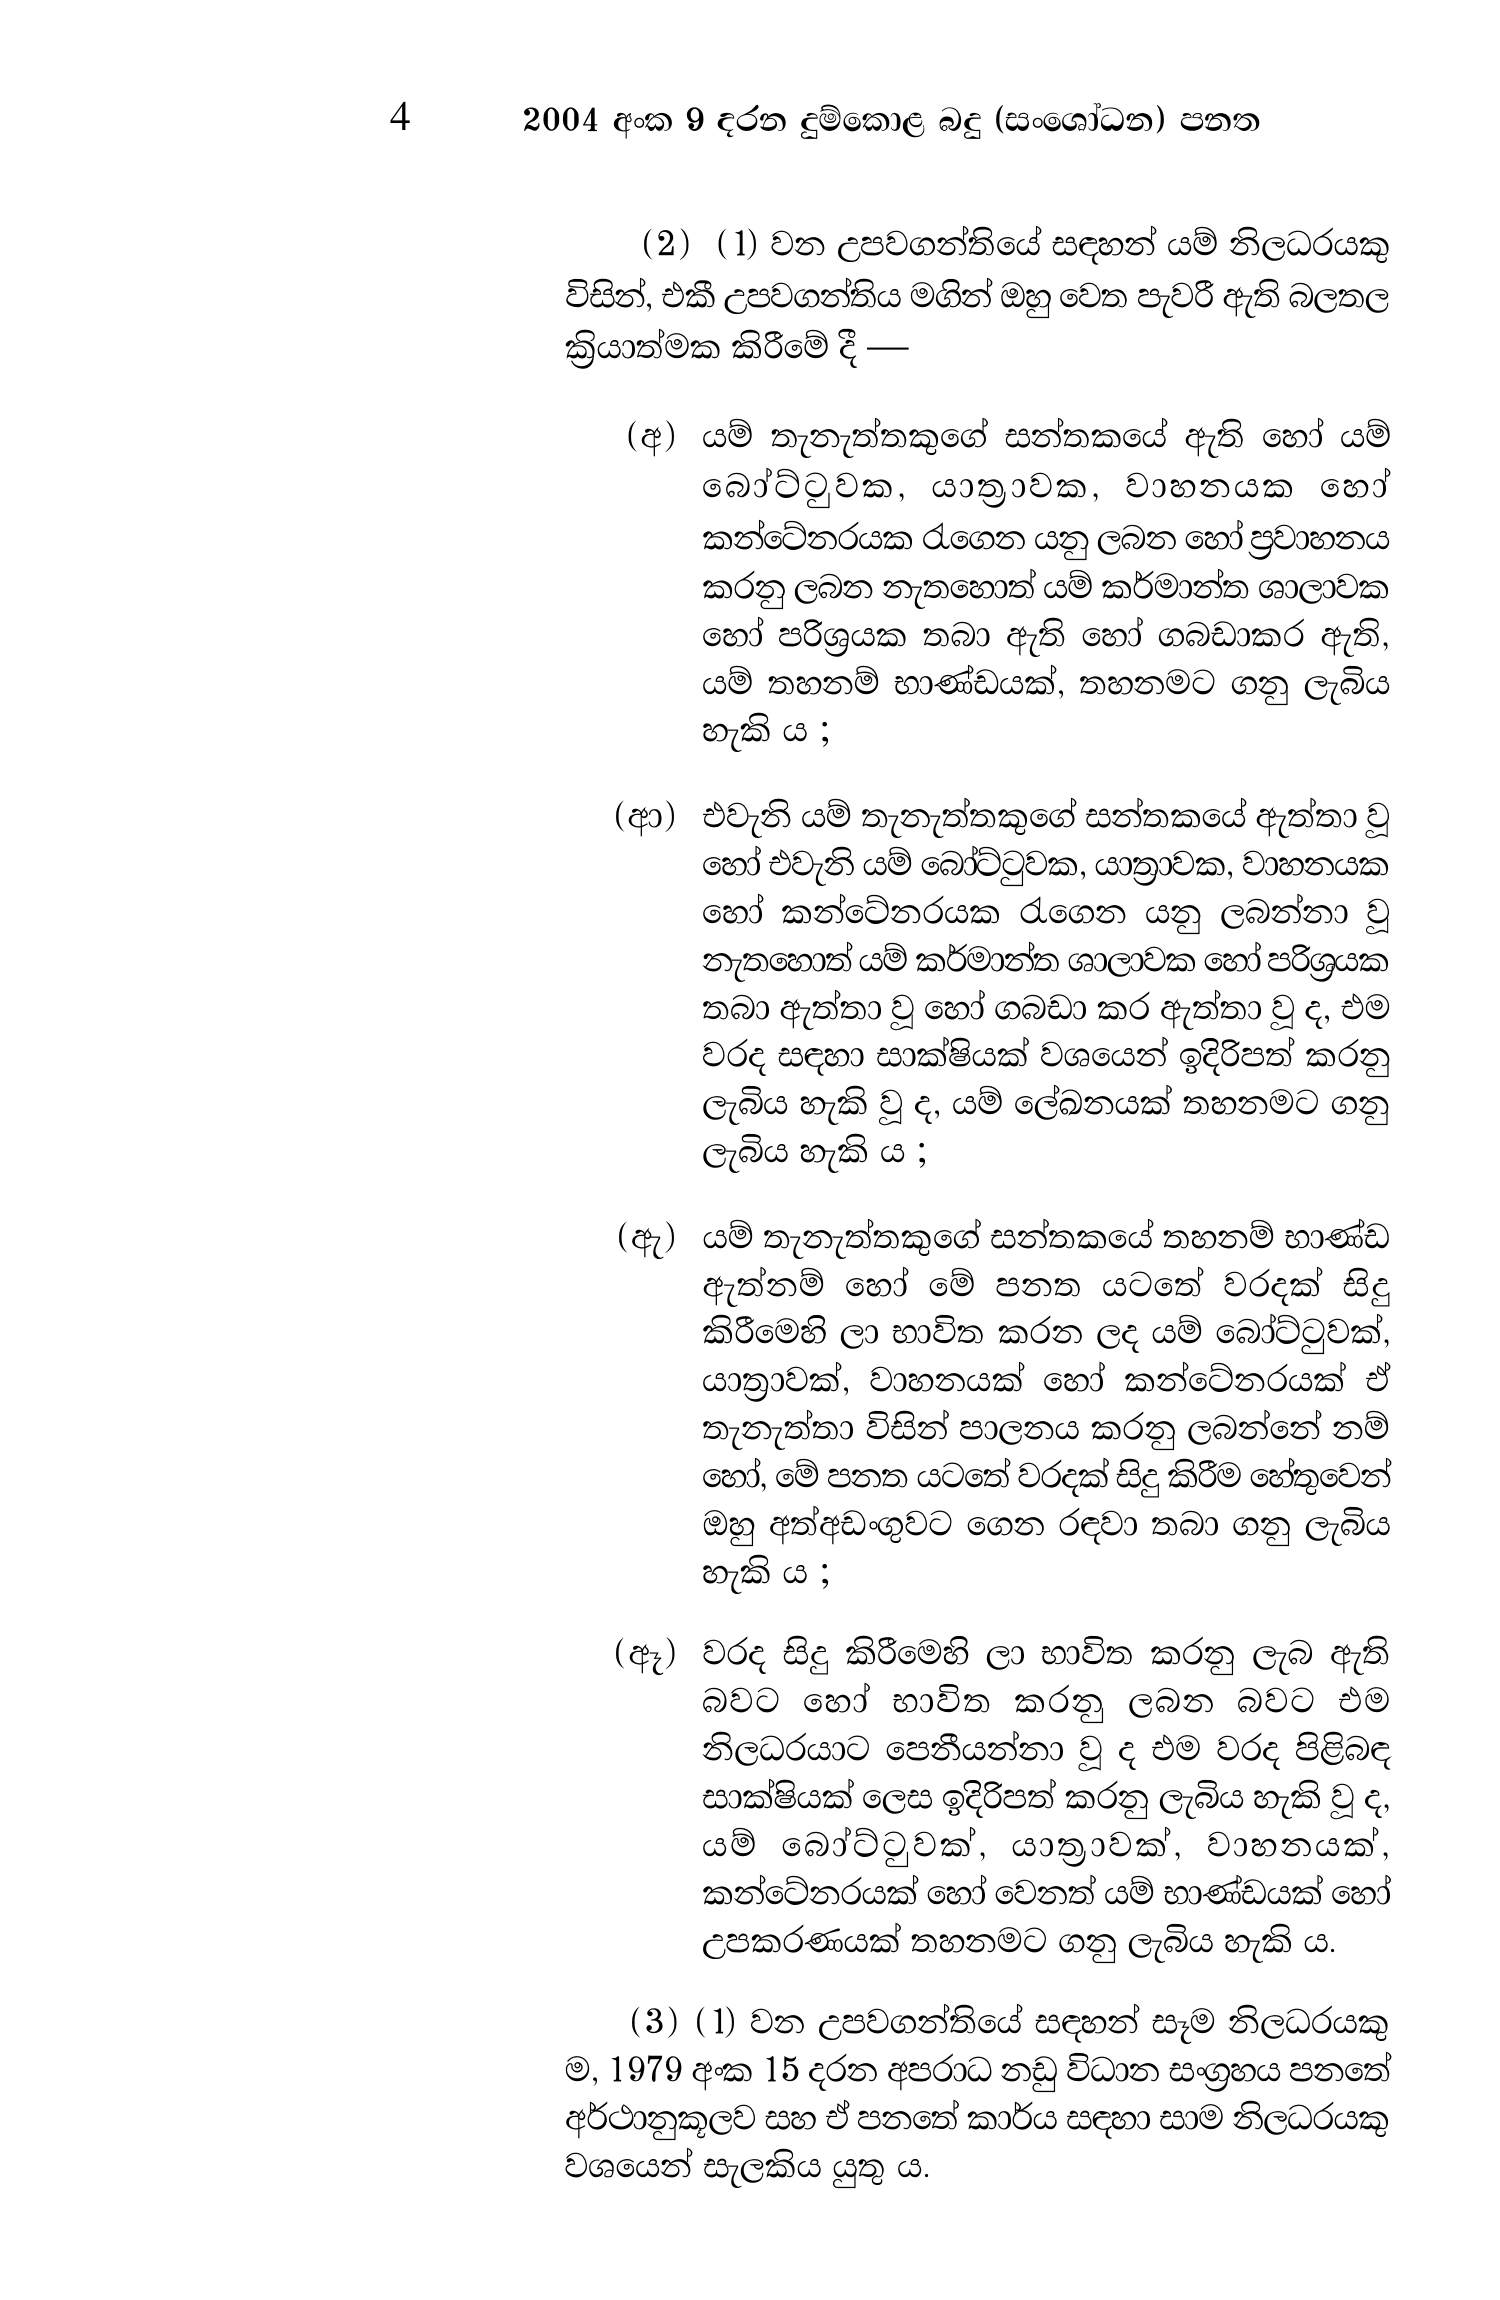
4 2004 අංක 9 දරන දුම්කොළ බදු (සංශෝධන) පනත

(2) (1) වන උපවගන්තියේ සඳහන් යම් නිලධරයකු
විසින්, එකී උපවගන්තිය මගින් ඔහු වෙත පැවරී ඇති බලතල
ක්‍රියාත්මක කිරීමේ දී —

(අ) යම් තැනැත්තකුගේ සන්තකයේ ඇති හෝ යම්
බෝට්ටුවක, යාත්‍රාවක, වාහනයක හෝ
කන්ටේනරයක රැගෙන යනු ලබන හෝ ප්‍රවාහනය
කරනු ලබන නැතහොත් යම් කර්මාන්ත ශාලාවක
හෝ පරිශ්‍රයක තබා ඇති හෝ ගබඩාකර ඇති,
යම් තහනම් භාණ්ඩයක්, තහනමට ගනු ලැබිය
හැකි ය ;

(ආ) එවැනි යම් තැනැත්තකුගේ සන්තකයේ ඇත්තා වූ
හෝ එවැනි යම් බෝට්ටුවක, යාත්‍රාවක, වාහනයක
හෝ කන්ටේනරයක රැගෙන යනු ලබන්නා වූ
නැතහොත් යම් කර්මාන්ත ශාලාවක හෝ පරිශ්‍රයක
තබා ඇත්තා වූ හෝ ගබඩා කර ඇත්තා වූ ද, එම
වරද සඳහා සාක්ෂියක් වශයෙන් ඉදිරිපත් කරනු
ලැබිය හැකි වූ ද, යම් ලේඛනයක් තහනමට ගනු
ලැබිය හැකි ය ;

(ඇ) යම් තැනැත්තකුගේ සන්තකයේ තහනම් භාණ්ඩ
ඇත්නම් හෝ මේ පනත යටතේ වරදක් සිදු
කිරීමෙහි ලා භාවිත කරන ලද යම් බෝට්ටුවක්,
යාත්‍රාවක්, වාහනයක් හෝ කන්ටේනරයක් ඒ
තැනැත්තා විසින් පාලනය කරනු ලබන්නේ නම්
හෝ, මේ පනත යටතේ වරදක් සිදු කිරීම හේතුවෙන්
ඔහු අත්අඩංගුවට ගෙන රඳවා තබා ගනු ලැබිය
හැකි ය ;

(ඈ) වරද සිදු කිරීමෙහි ලා භාවිත කරනු ලැබ ඇති
බවට හෝ භාවිත කරනු ලබන බවට එම
නිලධරයාට පෙනීයන්නා වූ ද එම වරද පිළිබඳ
සාක්ෂියක් ලෙස ඉදිරිපත් කරනු ලැබිය හැකි වූ ද,
යම් බෝට්ටුවක්, යාත්‍රාවක්, වාහනයක්,
කන්ටේනරයක් හෝ වෙනත් යම් භාණ්ඩයක් හෝ
උපකරණයක් තහනමට ගනු ලැබිය හැකි ය.

(3) (1) වන උපවගන්තියේ සඳහන් සෑම නිලධරයකු
ම, 1979 අංක 15 දරන අපරාධ නඩු විධාන සංග්‍රහය පනතේ
අර්ථානුකූලව සහ ඒ පනතේ කාර්ය සඳහා සාම නිලධරයකු
වශයෙන් සැලකිය යුතු ය.